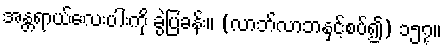
အန္တရာယ်လေးပါးကို ခွဲပြခန်း။ (လာဘ်လာဘနှင့်စပ်၍) ၁၅၇။